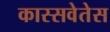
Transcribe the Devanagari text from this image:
कास्सवेतेस